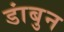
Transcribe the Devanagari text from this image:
डांबुन